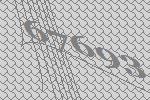
67693